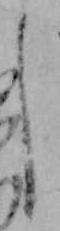
し